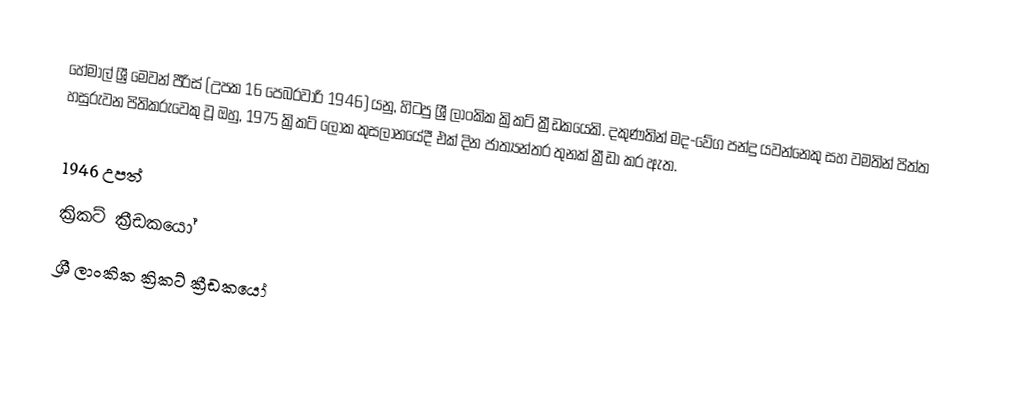
හේමාල් ශ්‍රී මෙවන් පීරිස් (උපක 16 පෙබරවාරි 1946) යනු, හිටපු ශ්‍රී ලාංකික  ක්‍රිකට් ක්‍රීඩකයෙකි.  දකුණතින් මද-වේග පන්දු යවන්නෙකු සහ වමතින් පිත්ත හසුරුවන පිතිකරුවෙකු වූ ඔහු,   1975 ක්‍රිකට් ලෝක කුසලානයේදී එක් දින ජාත්‍යන්තර තුනක් ක්‍රීඩා කර ඇත.

1946 උපත්
ක්‍රිකට් ක්‍රීඩකයෝ
ශ්‍රී ලාංකික ක්‍රිකට් ක්‍රීඩකයෝ